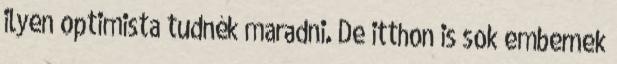
ilyen optimista tudnék maradni. De itthon is sok embernek